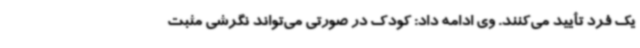
یک فرد تأیید می‌کنند. وی ادامه داد: کودک در صورتی می‌تواند نگرشی مثبت